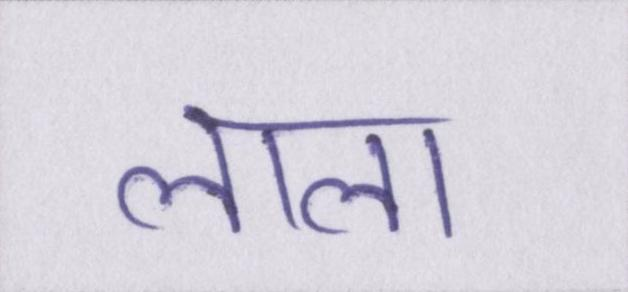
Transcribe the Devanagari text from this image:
लाला